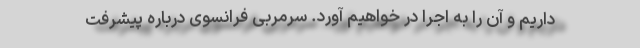
داریم و آن را به اجرا در خواهیم آورد. سرمربی فرانسوی درباره پیشرفت